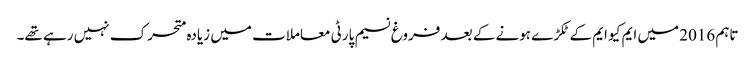
تاہم 2016 میں ایم کیو ایم کے ٹکڑے ہونے کے بعد فروغ نسیم پارٹی معاملات میں زیادہ متحرک نہیں رہے تھے۔